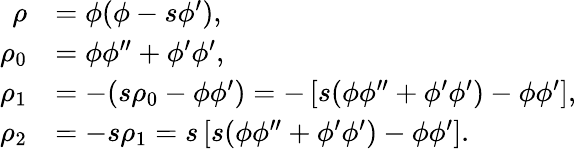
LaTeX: \begin{array}{rl}{\rho}&{=\phi(\phi-s\phi^{\prime}),}\\ {\rho_{0}}&{=\phi\phi^{\prime\prime}+\phi^{\prime}\phi^{\prime},}\\ {\rho_{1}}&{=-(s\rho_{0}-\phi\phi^{\prime})=-\left[s(\phi\phi^{\prime\prime}+\phi^{\prime}\phi^{\prime})-\phi\phi^{\prime}\right],}\\ {\rho_{2}}&{=-s\rho_{1}=s\left[s(\phi\phi^{\prime\prime}+\phi^{\prime}\phi^{\prime})-\phi\phi^{\prime}\right].}\end{array}